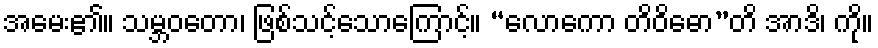
အမေး၏။ သမ္ဘဝတော၊ ဖြစ်သင့်သောကြောင့်။ “လောကော တိဝိဓော”တိ အာဒိ၊ ကို။